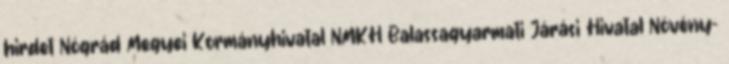
hirdet Nógrád Megyei Kormányhivatal NMKH Balassagyarmati Járási Hivatal Növény-